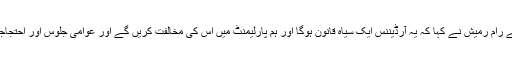
کانگریسی ایم پی مسٹر جئے رام رمیش نے کہا کہ یہ آرڈیننس ایک سیاہ قانون ہوگا اور ہم پارلیمنٹ میں اس کی مخالفت کریں گے اور عوامی جلوس اور احتجاجی مظاہرہ کئے جائیں گے۔